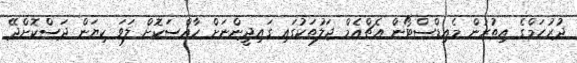
ދުރުހަމްގެ އިތުރުން މެއިޑްސްޓޯން އެޗްއެމް ޖަލުތަކުގައި ގައިދީންނަށް ހާއްސަކޮށް ލަވަ ކިޔަން ދަސްކޮށްދޭ